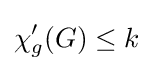
\chi '_{g}(G)\leq k